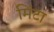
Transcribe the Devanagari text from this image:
मिंटा